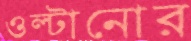
ওল্টানোর